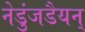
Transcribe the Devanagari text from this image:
नेडुंजडैयन्